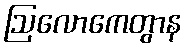
ဩလောကေတွာန